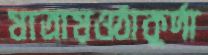
যাত্রায়ওঠাকুর্দা